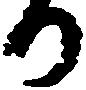
か